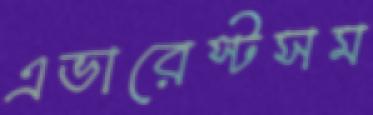
এভারেস্টসম